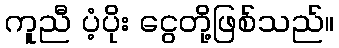
ကူညီ ပံ့ပိုး ငွေတို့ဖြစ်သည်။